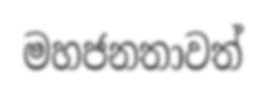
මහජනතාවත්